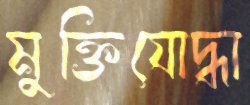
মুক্তিযোদ্ধা